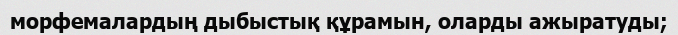
морфемалардың дыбыстық құрамын, оларды ажыратуды;